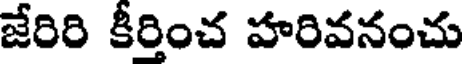
జేరిరి కీరించ హరివనంచు